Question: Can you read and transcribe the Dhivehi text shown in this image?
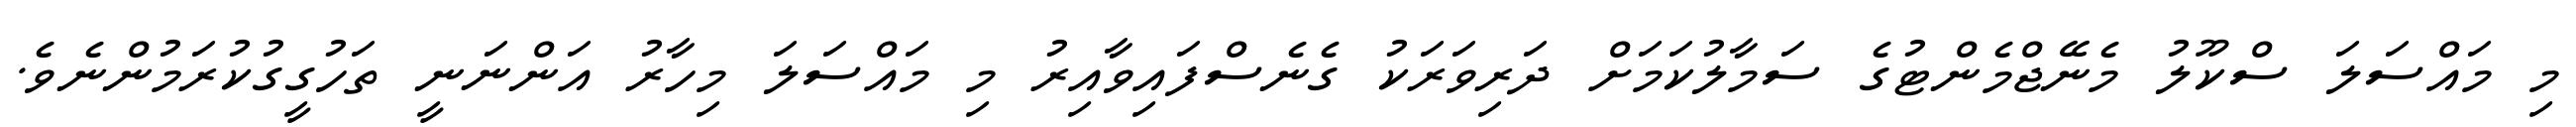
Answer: މި މައްސަލަ ސްކޫލު މެނޭޖްމެންޓުގެ ސަމާލުކަމަށް ދަރިވަރަކު ގެނެސްފައިވާއިރު މި މައްސަލަ މިހާރު އަންނަނީ ތަހުގީގުކުރަމުންނެވެ.